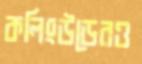
কলিংউডেরও